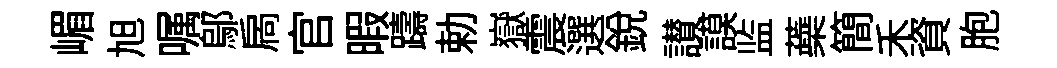
嵋旭嘱鄔扄官暇躊勅嶽震選銳讃謨监蘃簡禾資胞